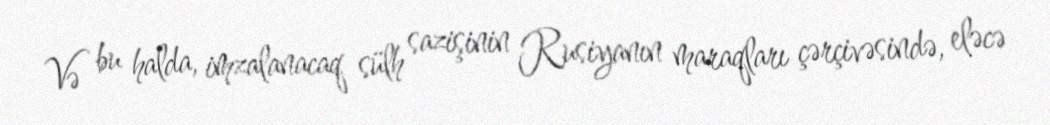
Və bu halda, imzalanacaq sülh sazişinin Rusiyanın maraqları çərçivəsində, eləcə